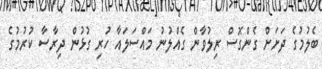
ބެލުމުގެ ދަށަށް ގެންގޮސް ރިލުވާން ގެއްލުނު މައްސަލައާ ހުރި ގުޅުން ދިރާސާ ކުރުމުގެ